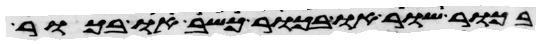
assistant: בכור שור או בכור כשב או בכור